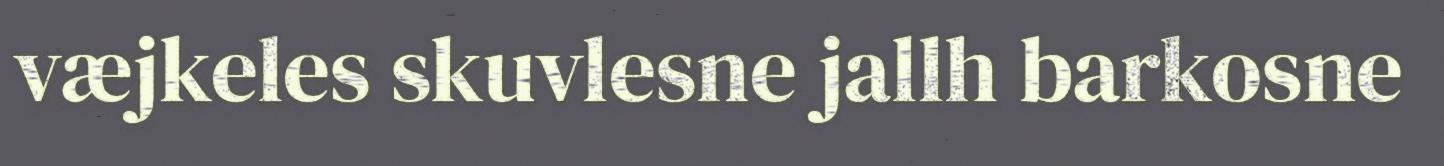
væjkeles skuvlesne jallh barkosne